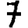
Digit: 7